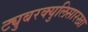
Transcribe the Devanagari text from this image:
ट्युबरक्युलिसारखा